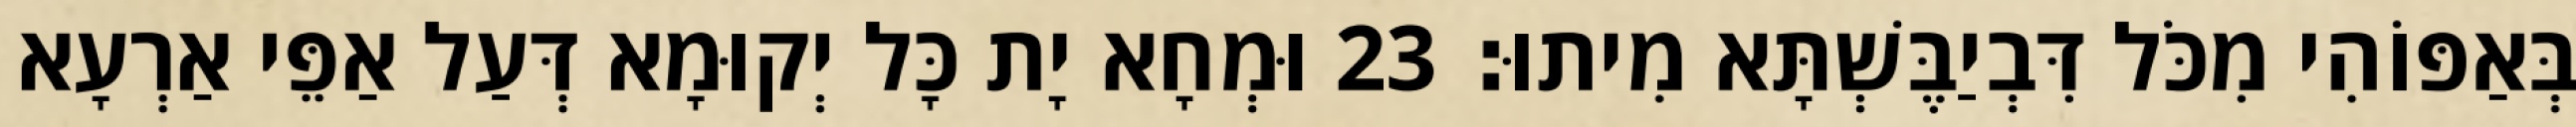
בְּאַפּוֹהִי מִכֹּל דִּבְיַבֶּשְׁתָּא מִיתוּ׃ 23 וּמְחָא יָת כָּל יְקוּמָא דְּעַל אַפֵּי אַרְעָא